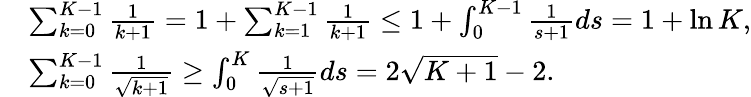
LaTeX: \begin{array}{rl}&{\sum_{k=0}^{K-1}\frac{1}{k+1}=1+\sum_{k=1}^{K-1}\frac{1}{k+1}\leq 1+\int_{0}^{K-1}\frac{1}{s+1}ds=1+\ln K,}\\ &{\sum_{k=0}^{K-1}\frac{1}{\sqrt{k+1}}\geq\int_{0}^{K}\frac{1}{\sqrt{s+1}}ds=2\sqrt{K+1}-2.}\end{array}